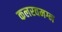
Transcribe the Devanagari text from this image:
कलरवमग्न